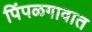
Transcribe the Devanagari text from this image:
पिंपळगावात